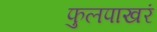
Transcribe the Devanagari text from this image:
फुलपाखरं